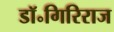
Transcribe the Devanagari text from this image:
डॉ॰गिरिराज